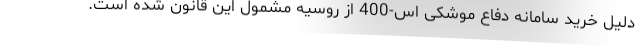
دلیل خرید سامانه دفاع موشکی اس-400 از روسیه مشمول این قانون شده است.